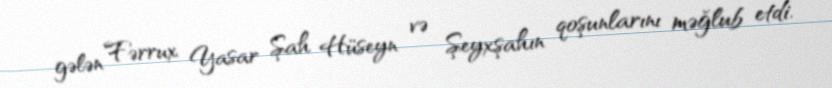
gələn Fərrux Yasar Şah Hüseyn və Şeyxşahın qoşunlarını məğlub etdi.